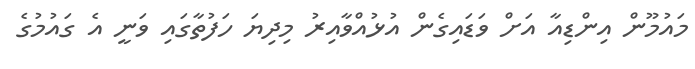
މައުމޫން އިންޑިއާ އަށް ވަޑައިގެން އުޅުއްވާއިރު މިދިޔަ ހަފުތާގައި ވަނީ އެ ގައުމުގެ